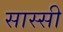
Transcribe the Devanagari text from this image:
सास्सी